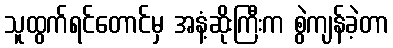
သူထွက်ရင်တောင်မှ အနံ့ဆိုးကြီးက စွဲကျန်ခဲ့တာ